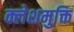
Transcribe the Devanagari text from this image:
क्लेशमुक्ति